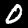
Digit: 0